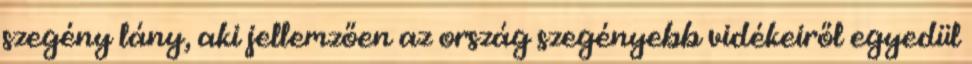
szegény lány, aki jellemzően az ország szegényebb vidékeiről egyedül